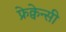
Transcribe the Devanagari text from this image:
फ्रेक्वेन्सी